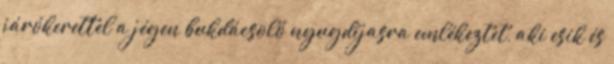
járókerettel a jégen bukdácsoló nyugdíjasra emlékeztet, aki esik és